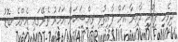
ދިވެހި ފިލްމީ ދާއިރާ އަށް ފާއިތުވި ވިއްސަކަށް އަހަރު ތެރޭގައި އެންމެ ބޮޑު